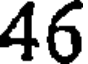
46